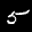
Label: 5